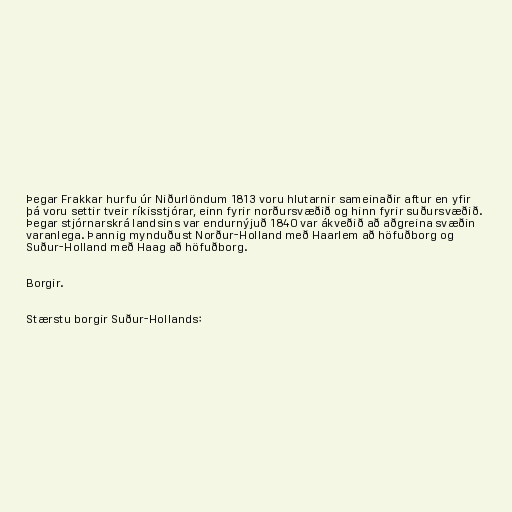
Þegar Frakkar hurfu úr Niðurlöndum 1813 voru hlutarnir sameinaðir aftur en yfir
þá voru settir tveir ríkisstjórar, einn fyrir norðursvæðið og hinn fyrir suðursvæðið.
Þegar stjórnarskrá landsins var endurnýjuð 1840 var ákveðið að aðgreina svæðin
varanlega. Þannig mynduðust Norður-Holland með Haarlem að höfuðborg og
Suður-Holland með Haag að höfuðborg.

Borgir.

Stærstu borgir Suður-Hollands: